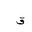
Letter: _qaf